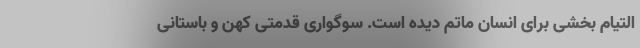
التیام بخشی برای انسان ماتم دیده است. سوگواری قدمتی کهن و باستانی